Scottish Leaving Certificate Examination, 1955
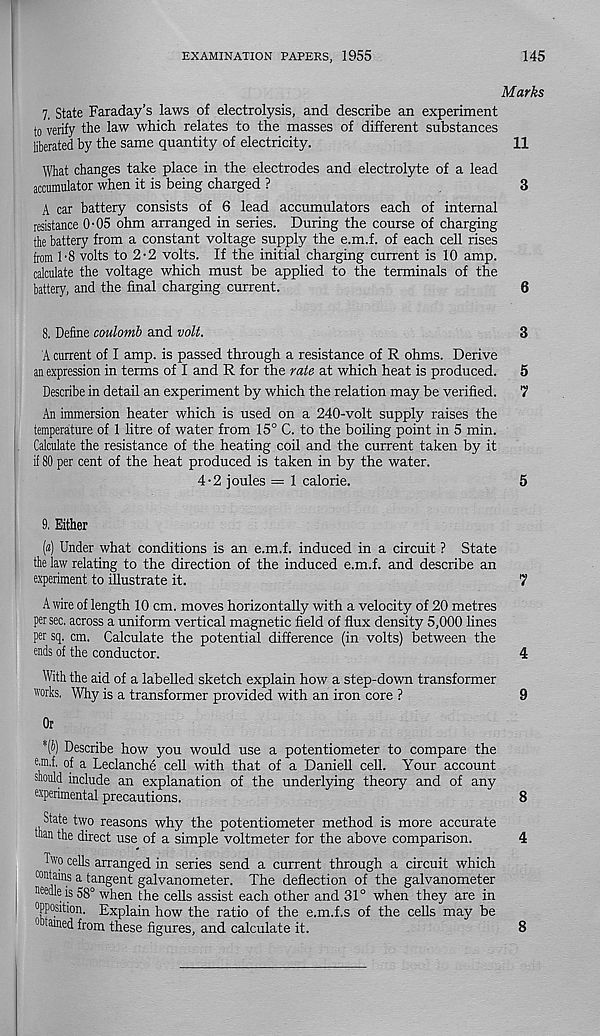
EXAMINATION PAPERS, 1955
145
Marks
7. State Faraday’s laws of electrolysis, and describe an experiment
to verify the law which relates to the masses of different substances
liberated by the same quantity of electricity.
11
What changes take place in the electrodes and electrolyte of a lead
accumulator when it is being charged ?
3
A car battery consists of 6 lead accumulators each of internal
resistance O'05 ohm arranged in series. During the course Of charging
the battery from a constant voltage supply the e.m.f. of each cell rises
from 1-8 volts to 2-2 volts. If the initial charging current is 10 amp.
calculate the voltage which must be applied to the terminals of the
battery, and the final charging current.
6
8. Define coulomb and volt.
3
A current of I amp. is passed through a resistance of R ohms. Derive
an expression in terms of I and R for the rate at which heat is produced. 5
Describe in detail an experiment by which the relation may be verified.
7
An immersion heater which is used on a 240-volt supply raises the
temperature of 1 litre of water from 15° C. to the boiling point in 5 min.
Calculate the resistance of the heating coil and the current taken by it
if 80 per cent of the heat produced is taken in by the water.
4-2 joules = 1 calorie.
5
9. Either
(«) Under what conditions is an e.m.f. induced in a circuit ? State
the law relating to the direction of the induced e.m.f. and describe an
experiment to illustrate it.
7
A wire of length 10 cm. moves horizontally with a velocity of 20 metres
per sec. across a uniform vertical magnetic field of flux density 5,000 lines
per sq. cm. Calculate the potential difference (in volts) between the
ends of the conductor.
4
With the aid of a labelled sketch explain how a step-down transformer
works. Why is a transformer provided with an iron core ?
9
Or
*(i) Describe how you would use a potentiometer to compare the
em.f. of a Leclanche cell with that of a Daniell cell. Your account
should include an explanation of the underlying theory and of any
experimental precautions.
8
State two reasons why the potentiometer method is more accurate
man the direct use of a simple voltmeter for the above comparison.
4
Two cells arranged in series send a current through a circuit which
contains a tangent galvanometer. The deflection of the galvanometer
needle is 58° when the cells assist each other and 31° when they are in
opposition. Explain how the ratio of the e.m.f.s of the cells may be
0 tamed from these figures, and calculate it.
8